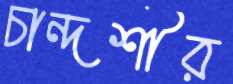
চান্দশীর